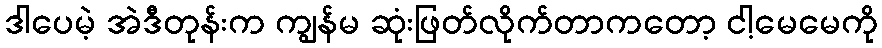
ဒါပေမဲ့ အဲဒီတုန်းက ကျွန်မ ဆုံးဖြတ်လိုက်တာကတော့ ငါ့မေမေကို